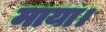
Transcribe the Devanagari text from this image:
माया।